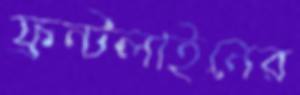
ফ্রন্টলাইনের